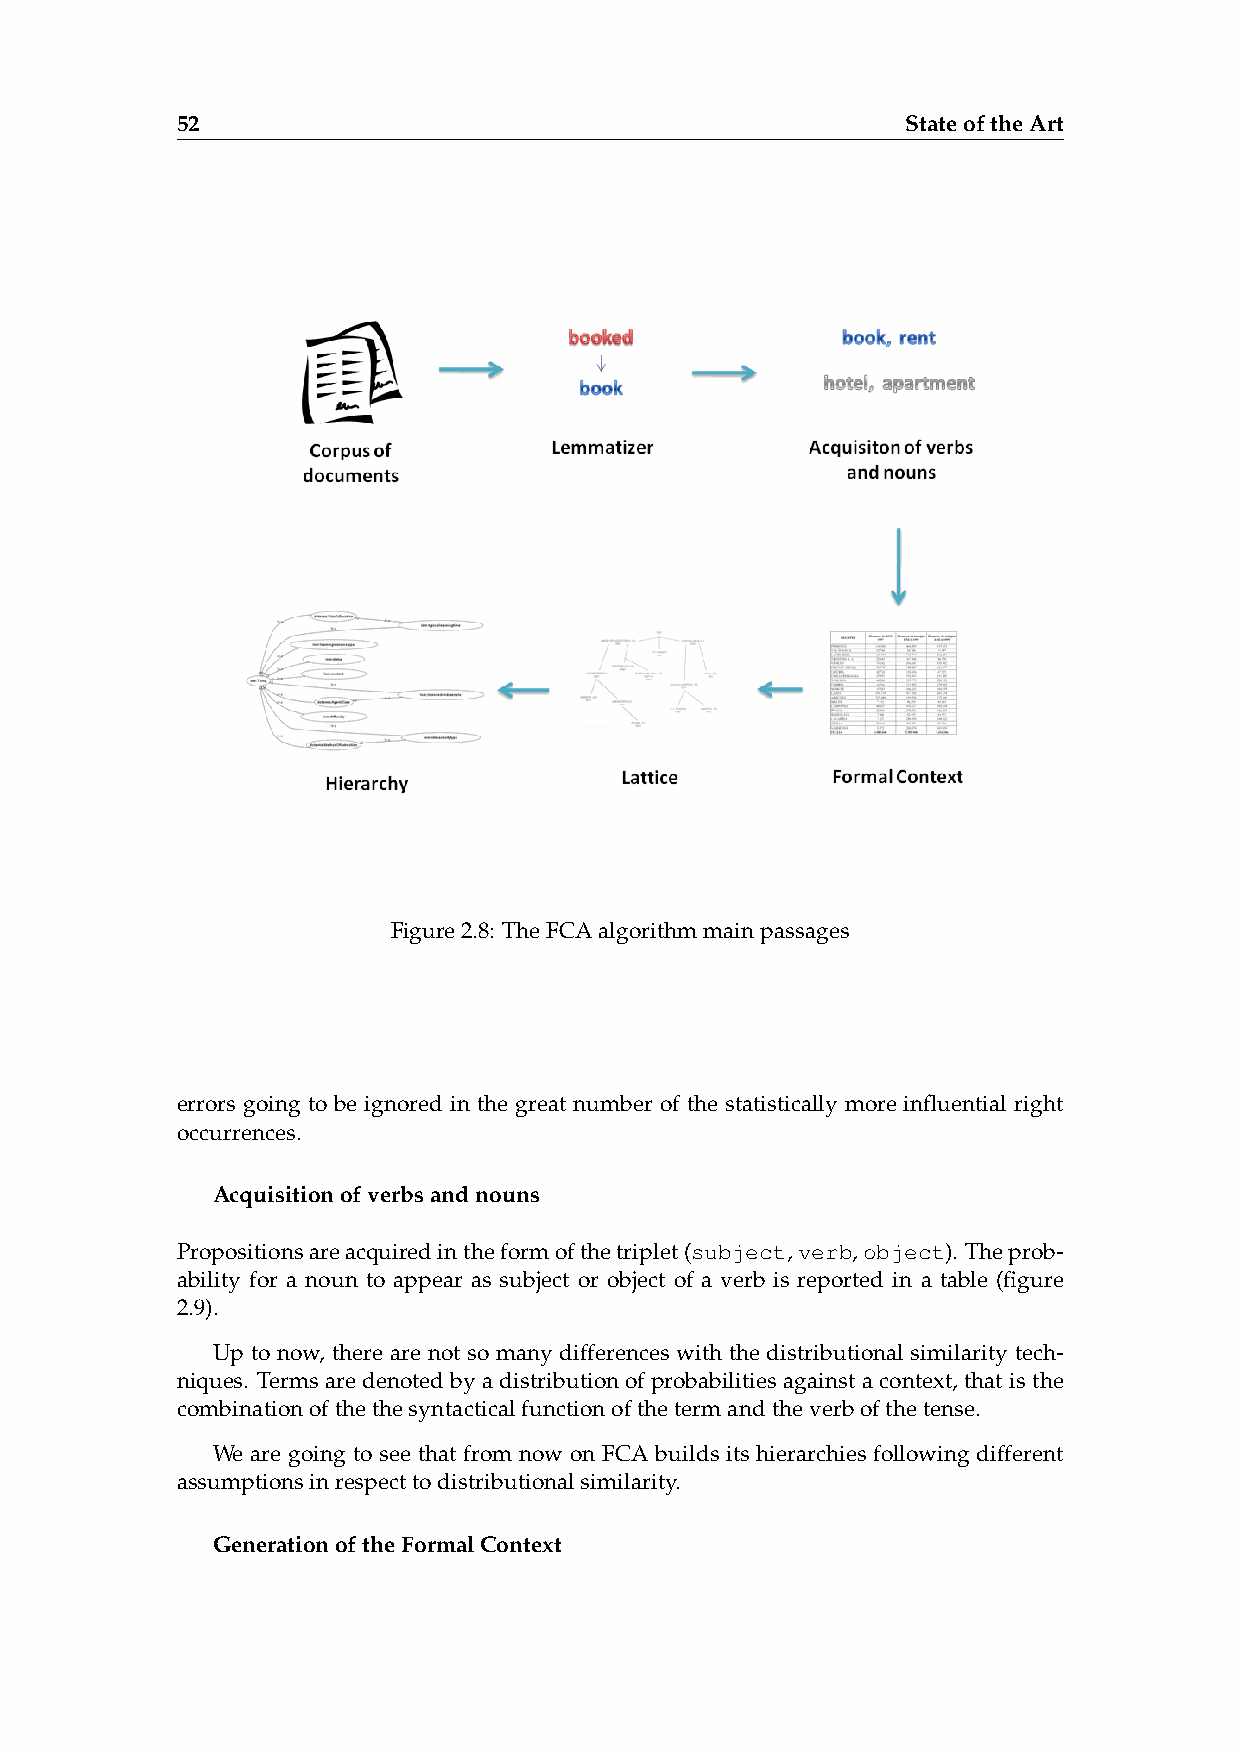
52                                              StateoftheArt
 Figure2.8: TheFCAalgorithmmainpassages
 errors going to be ignored in the great number of the statistically more influential right
 occurrences.
 Acquisitionofverbsandnouns
 Propositionsareacquiredintheformofthetriplet(subject,verb,object). Theprob-
 ability for a noun to appear as subject or object of a verb is reported in a table (figure
 2.9).
 Up to now, there are not so many differences with the distributional similarity tech-
 niques. Termsaredenotedbyadistributionofprobabilitiesagainstacontext,thatisthe
 combinationofthethesyntacticalfunctionofthetermandtheverbofthetense.
 We are going to see that from now on FCA builds its hierarchies following different
 assumptionsinrespecttodistributionalsimilarity.
 GenerationoftheFormalContext